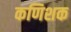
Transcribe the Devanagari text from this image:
कणिशक